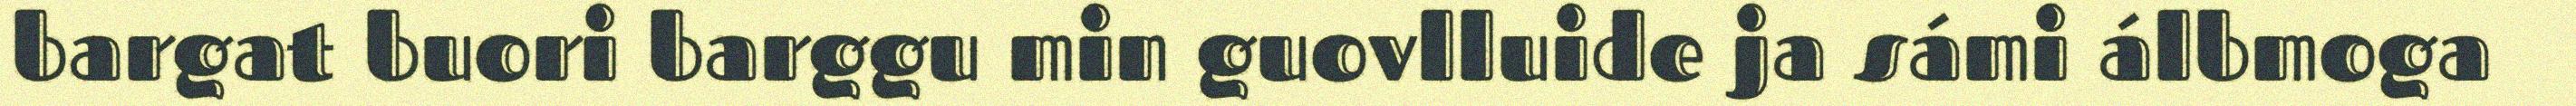
bargat buori barggu min guovlluide ja sámi álbmoga